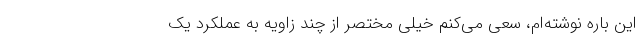
این باره نوشته‌ام، سعی می‌کنم خیلی مختصر از چند زاویه به عملکرد یک